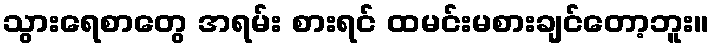
သွားရေစာတွေ အရမ်း စားရင် ထမင်းမစားချင်တော့ဘူး။